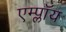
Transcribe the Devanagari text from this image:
एम्प्लॉय